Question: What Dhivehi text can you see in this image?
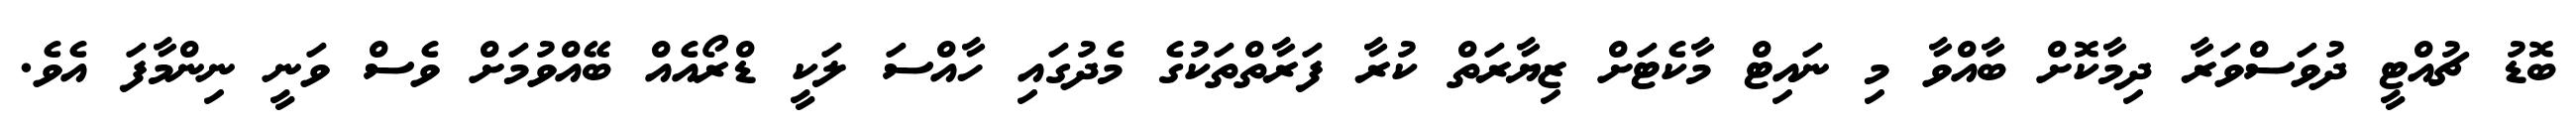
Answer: ބޮޑު ޗުއްޓީ ދުވަސްވަރާ ދިމާކޮށް ބާއްވާ މި ނައިޓް މާކެޓަށް ޒިޔާރަތް ކުރާ ފަރާތްތަކުގެ މެދުގައި ހާއްސަ ލަކީ ޑްރޯއެއް ބޭއްވުމަށް ވެސް ވަނީ ނިންމާފަ އެވެ.